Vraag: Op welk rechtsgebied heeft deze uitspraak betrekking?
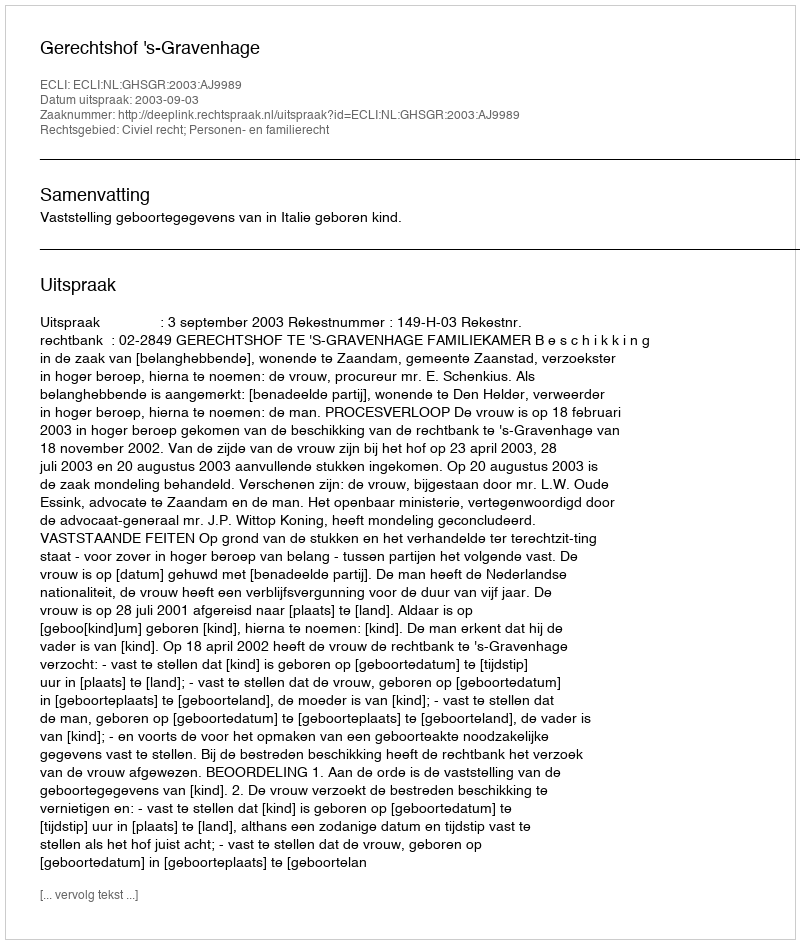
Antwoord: Civiel recht; Personen- en familierecht